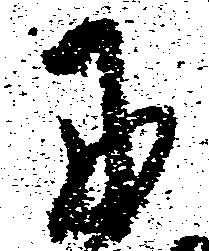
に